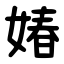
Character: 媋